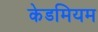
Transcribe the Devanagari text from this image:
केडमियम